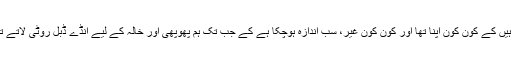
اب جب ہم اکیلے ہوچکے ہیں تب ہمیں اپنی دھرتی ماں کی پرانی باتیں یاد آرہی ہیں کے کون کون اپنا تھا اور کون کون غیر، سب اندازہ ہوچکا ہے کے جب تک ہم پھوپھی اور خالہ کے لیے انڈے ڈبل روٹی لاتے تھے تب تک ہم بہت اچھے بچے تھے. اور اب نہیں لاتے تو برے بچے ہوگئے۔